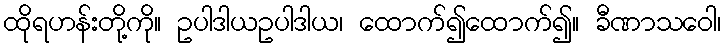
ထိုရဟန်းတို့ကို။ ဥပါဒါယဥပါဒါယ၊ ထောက်၍ထောက်၍။ ခီဏာသဝေါ၊